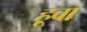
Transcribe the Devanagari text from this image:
हूवा